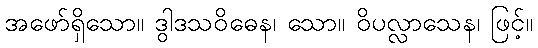
အဖော်ရှိသော။ ဒွါဒသဝိဓေန၊ သော။ ဝိပလ္လာသေန၊ ဖြင့်။